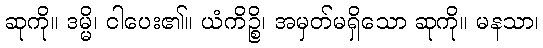
ဆုကို။ ဒမ္မိ၊ ငါပေး၏။ ယံကိဉ္စိ၊ အမှတ်မရှိသော ဆုကို။ မနသာ၊